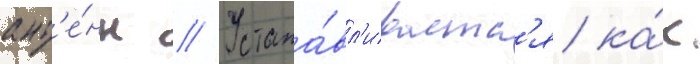
ант'е́нн // Устана́вл'иваетс'я ка́к